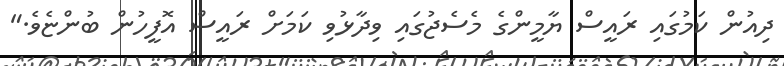
ދިއުން ކަމުގައި ރައީސް ޔާމީންގެ މެސެޖުގައި ވިދާޅުވި ކަމަށް ރައީސް އޮފީހުން ބުންޏެވެ."